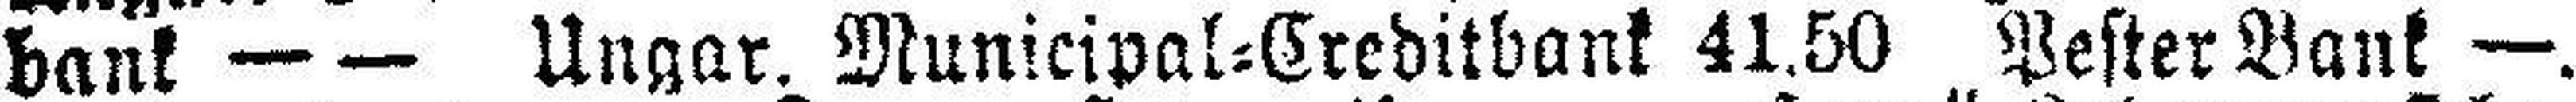
bank — — Ungar. Municipal=Creditbank 41.50 Pester Bank —.